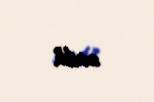
satılıb.